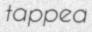
tapped